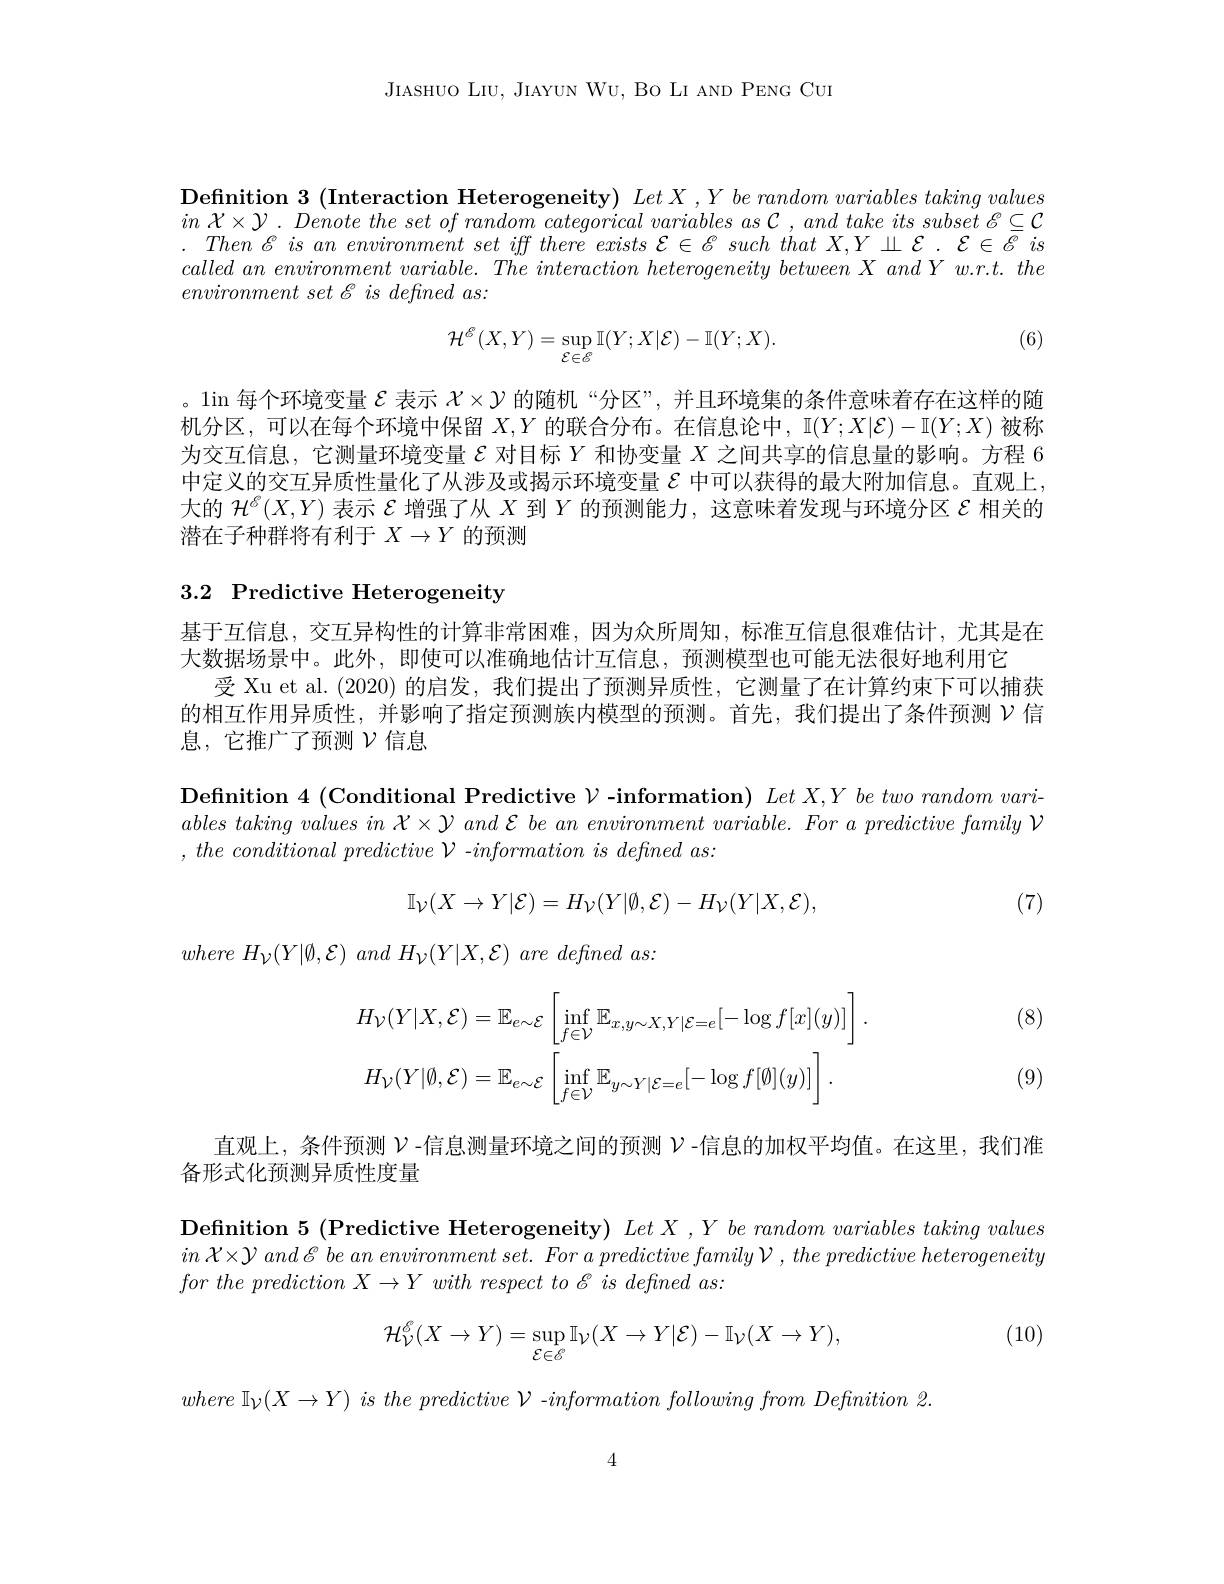
JIASHUO LIU, JIAYUN WU, BO LI AND PENG CUI

Definition 3 (Interaction Heterogeneity) $LetX, Ybe\textit{ random variables taking values}$ $in$ $\mathcal{X} \times \mathcal{Y} .$ Denote the set $of$ random categorical variables $as$ $\mathcal{C}$ , and take its subset $\mathcal{E} \subseteq \mathcal{C}$ $. \textit{Then }\mathscr{E}$ is an environment set iff there exists $\mathcal{E} \in \mathscr{E} \textit{ such that X, Y}\perp \mathcal{E} . \mathcal{E} \in \overline {\mathscr{E} }\textit{is}$ $called~an~environment~variable.~The~interaction~heterogeneity~between~X~and~Y~w.r.t.~the$ $environment\textit{set E is defined as: }$

(6)
$$\begin{aligned}\mathcal{H}^{\mathcal{E}}(X,Y)=\sup_{\mathcal{E}\in\mathcal{E}}\mathbb{I}(Y;X|\mathcal{E})-\mathbb{I}(Y;X).\end{aligned}$$
。$\lim$每个环境变量$\mathcal{E}$表示$\mathcal{X}\times\mathcal{Y}$的随机“分区”,并且环境集的条件意味着存在这样的随机分区，可以在每个环境中保留$X,Y$的联合分布。在信息论中，I$(Y;X|\mathcal{E})-\mathbb{I}(Y;X)$被称为交互信息，它测量环境变量$\mathcal{E}$对目标$Y$和协变量$X$之间共享的信息量的影响。方程 6中定义的交互异质性量化了从涉及或揭示环境变量$\varepsilon$中可以获得的最大附加信息。直观上， 大的$\mathcal{H}^{\mathscr{E}}(X,Y)$表示$\mathcal{E}$增强了从$X$到$Y$的预测能力，这意味着发现与环境分区$\mathcal{E}$相关的潜在子种群将有利于$X\to Y$的预测

# 3.2 Predictive Heterogeneity

基于互信息，交互异构性的计算非常困难，因为众所周知，标准互信息很难估计，尤其是在
大数据场景中。此外，即使可以准确地估计互信息，预测模型也可能无法很好地利用它
受 Xu et al. (2020) 的启发，我们提出了预测异质性，它测量了在计算约束下可以捕获的相互作用异质性，并影响了指定预测族内模型的预测。首先，我们提出了条件预测$\nu$信息，它推广了预测$\mathcal{V}$信息

Definition 4 ( Conditional Predictive $\mathcal{V}$-information) $Let X, Y\textit{be two random vari- }$ $ables\textit{ taking values in }\mathcal{X} \times \mathcal{Y}$ and $\mathcal{E} \textit{ be an environment variable. For a predictive family }\mathcal{V}$ $, \textit{ the conditional predictive V - information is defined as: }$
$$\mathbb{I}_{\mathcal{V}}(X\to Y|\mathcal{E})=H_{\mathcal{V}}(Y|\emptyset,\mathcal{E})-H_{\mathcal{V}}(Y|X,\mathcal{E}),$$
(7)

$where~H_{\mathcal{V}}(Y|\emptyset,\mathcal{E})~and~H_{\mathcal{V}}(Y|X,\mathcal{E})~are~defined~as:$

(8)
$$H_{\mathcal{V}}(Y|X,\mathcal{E})=\mathbb{E}_{e\sim\mathcal{E}}\left[\inf_{f\in\mathcal{V}}\mathbb{E}_{x,y\sim X,Y|\mathcal{E}=e}[-\log f[x](y)]\right].\\H_{\mathcal{V}}(Y|\emptyset,\mathcal{E})=\mathbb{E}_{e\sim\mathcal{E}}\left[\inf_{f\in\mathcal{V}}\mathbb{E}_{y\sim Y|\mathcal{E}=e}[-\log f[\emptyset](y)]\right].$$
(9)

直观上，条件预测$\nu$ -信息测量环境之间的预测$\nu$ -信息的加权平均值。在这里，我们准
备形式化预测异质性度量

Definition 5 (Predictive Heterogeneity) $LetX, Y\textit{be random variables taking values}$ $in$ $\mathcal{X} \times \mathcal{Y}$ and $\mathscr{E}$ $be$ $an$ environment $set.$ For $a$ predictive family $\mathcal{V}$ , the predictive heterogeneity forthe prediction $X\to Y$ with respect $to$ $\mathcal{E}$ $is$ defined $as:$

(10)
$$\mathcal{H}_{\mathcal{V}}^{\mathcal{E}}(X\to Y)=\sup_{\mathcal{E}\in\mathcal{E}}\mathbb{I}_{\mathcal{V}}(X\to Y|\mathcal{E})-\mathbb{I}_{\mathcal{V}}(X\to Y),$$
where $\mathbb{I} _{\mathcal{V} }( X\to Y)$ $is$ the predictive $\mathcal{V}$ $- information$ following from Definition 2.

4